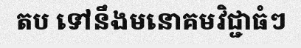
តប ទៅនឹងមនោគមវិជ្ជាធំៗ